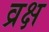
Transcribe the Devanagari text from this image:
व्रक्ष